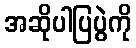
အဆိုပါပြပွဲကို